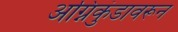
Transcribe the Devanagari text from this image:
अग्निकुंडावरून